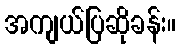
အကျယ်ပြဆိုခန်း။